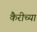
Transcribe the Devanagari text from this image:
कैरीच्या